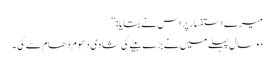
میرے استفسار پر اس نے بتایا : ”
دو سال پہلے میں نے بڑے بیٹے کی شادی دھوم دھام سے کی ۔